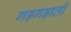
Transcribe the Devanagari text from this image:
गड़गड़ाती